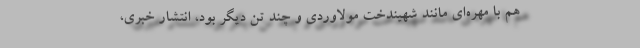
هم با مهره‌ای مانند شهیندخت مولاوردی و چند تن دیگر بود، انتشار خبری،